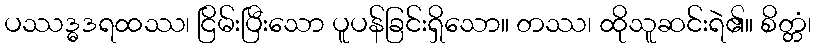
ပဿဒ္ဓဒရထဿ၊ ငြိမ်းပြီးသော ပူပန်ခြင်းရှိသော။ တဿ၊ ထိုသူဆင်းရဲ၏။ စိတ္တံ၊